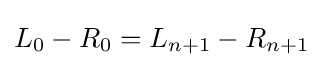
L_{0}-R_{0}=L_{n+1}-R_{n+1}